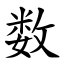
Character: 数